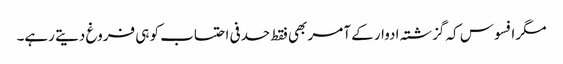
مگر افسوس کہ گزشتہ ادوار کے آمر بھی فقط حدفی احتساب کو ہی فروغ دیتے رہے۔